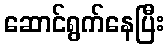
ဆောင်ရွက်နေပြီး